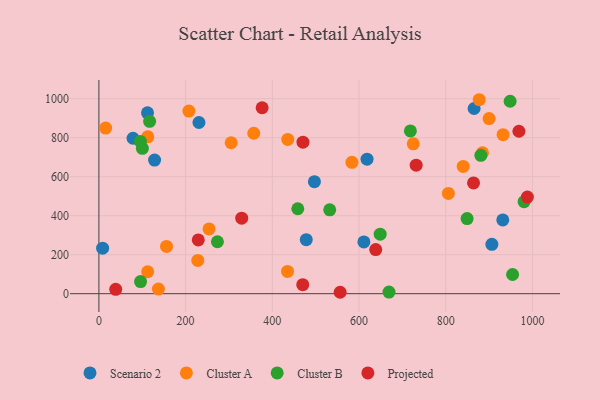
{"axis": {"x": "Ad Spend", "y": "Exam Score"}, "legend": ["Cluster A", "Cluster B", "Projected", "Scenario 2"], "data": [{"x": "478.3", "y": 277.2, "type": "Scenario 2"}, {"x": "618.5", "y": 690.2, "type": "Scenario 2"}, {"x": "906.4", "y": 253.2, "type": "Scenario 2"}, {"x": "230.8", "y": 878.0, "type": "Scenario 2"}, {"x": "931.6", "y": 378.4, "type": "Scenario 2"}, {"x": "865.4", "y": 950.0, "type": "Scenario 2"}, {"x": "112.1", "y": 927.6, "type": "Scenario 2"}, {"x": "128.4", "y": 685.3, "type": "Scenario 2"}, {"x": "611.2", "y": 265.7, "type": "Scenario 2"}, {"x": "8.6", "y": 233.3, "type": "Scenario 2"}, {"x": "78.7", "y": 797.2, "type": "Scenario 2"}, {"x": "497.1", "y": 574.5, "type": "Scenario 2"}, {"x": "305.1", "y": 774.1, "type": "Cluster A"}, {"x": "228.1", "y": 170.4, "type": "Cluster A"}, {"x": "884.8", "y": 722.9, "type": "Cluster A"}, {"x": "583.6", "y": 673.8, "type": "Cluster A"}, {"x": "932.2", "y": 815.4, "type": "Cluster A"}, {"x": "112.5", "y": 112.6, "type": "Cluster A"}, {"x": "156.0", "y": 242.2, "type": "Cluster A"}, {"x": "840.3", "y": 653.0, "type": "Cluster A"}, {"x": "137.3", "y": 23.5, "type": "Cluster A"}, {"x": "806.1", "y": 514.4, "type": "Cluster A"}, {"x": "900.0", "y": 898.0, "type": "Cluster A"}, {"x": "725.1", "y": 768.7, "type": "Cluster A"}, {"x": "435.6", "y": 791.4, "type": "Cluster A"}, {"x": "254.1", "y": 332.3, "type": "Cluster A"}, {"x": "877.2", "y": 994.9, "type": "Cluster A"}, {"x": "357.2", "y": 823.0, "type": "Cluster A"}, {"x": "112.7", "y": 804.6, "type": "Cluster A"}, {"x": "435.1", "y": 113.9, "type": "Cluster A"}, {"x": "15.5", "y": 849.3, "type": "Cluster A"}, {"x": "207.6", "y": 936.5, "type": "Cluster A"}, {"x": "980.7", "y": 471.8, "type": "Cluster B"}, {"x": "117.0", "y": 884.3, "type": "Cluster B"}, {"x": "948.5", "y": 987.0, "type": "Cluster B"}, {"x": "532.4", "y": 430.3, "type": "Cluster B"}, {"x": "273.4", "y": 266.5, "type": "Cluster B"}, {"x": "95.7", "y": 781.2, "type": "Cluster B"}, {"x": "849.3", "y": 385.4, "type": "Cluster B"}, {"x": "458.7", "y": 435.7, "type": "Cluster B"}, {"x": "96.1", "y": 62.2, "type": "Cluster B"}, {"x": "881.0", "y": 709.7, "type": "Cluster B"}, {"x": "648.8", "y": 305.0, "type": "Cluster B"}, {"x": "669.1", "y": 8.4, "type": "Cluster B"}, {"x": "100.3", "y": 745.6, "type": "Cluster B"}, {"x": "718.5", "y": 835.1, "type": "Cluster B"}, {"x": "954.2", "y": 98.5, "type": "Cluster B"}, {"x": "731.8", "y": 659.1, "type": "Projected"}, {"x": "556.4", "y": 7.2, "type": "Projected"}, {"x": "638.5", "y": 226.1, "type": "Projected"}, {"x": "968.8", "y": 833.1, "type": "Projected"}, {"x": "38.8", "y": 22.5, "type": "Projected"}, {"x": "376.5", "y": 953.8, "type": "Projected"}, {"x": "470.2", "y": 46.0, "type": "Projected"}, {"x": "470.7", "y": 777.1, "type": "Projected"}, {"x": "988.3", "y": 495.4, "type": "Projected"}, {"x": "864.1", "y": 568.1, "type": "Projected"}, {"x": "329.4", "y": 387.2, "type": "Projected"}, {"x": "229.2", "y": 275.8, "type": "Projected"}]}